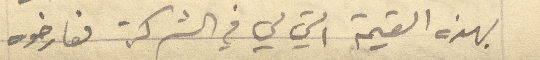
بهذه القيمة التي لي في الشركة فعارضوه